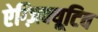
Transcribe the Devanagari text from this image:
ऐग्ज़िक्यूटिव